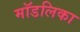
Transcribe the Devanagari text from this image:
मॉडलिका